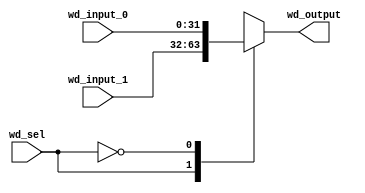
`timescale 1ns / 1ps
//////////////////////////////////////////////////////////////////////////////////
// Company: 
// Engineer: 
// 
// Design Name: 
// Module Name: MUX_WD
// Project Name: 
// Target Devices: 
// Tool Versions: 
// Description: 
// 
// Dependencies: 
// 
// Revision:
// Revision 0.01 - File Created
// Additional Comments:
// 
//////////////////////////////////////////////////////////////////////////////////
// Multiplexer for the data before writing into the register file

module MUX_WD(
    input    wd_sel,
    input   [31:0] wd_input_0,
    input   [31:0] wd_input_1, 
    output  reg [31:0] wd_output
    );
    
always @ (wd_sel or wd_input_0 or wd_input_1) begin
    case (wd_sel)
       1: wd_output <= wd_input_1;
       0: wd_output <= wd_input_0; 
    endcase 
end

endmodule